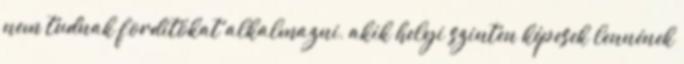
nem tudnak fordítókat alkalmazni, akik helyi szinten képesek lennének